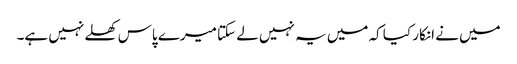
میں نے انکار کیا کہ میں یہ نہیں لے سکتا میرے پاس کھلے نہیں ہے۔